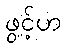
ဖွင့်ဟ